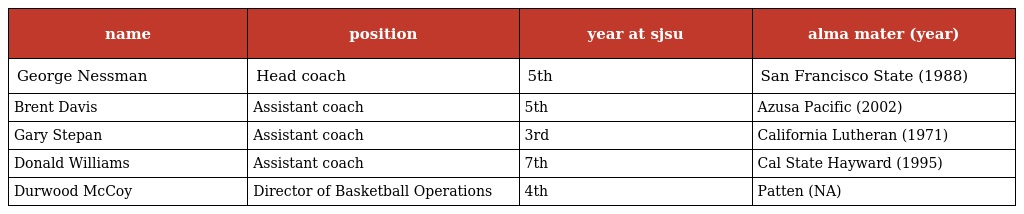
| name | position | year at sjsu | alma mater (year) |
 | --- | --- | --- | --- |
 | George Nessman | Head coach | 5th | San Francisco State (1988) |
 | Brent Davis | Assistant coach | 5th | Azusa Pacific (2002) |
 | Gary Stepan | Assistant coach | 3rd | California Lutheran (1971) |
 | Donald Williams | Assistant coach | 7th | Cal State Hayward (1995) |
 | Durwood McCoy | Director of Basketball Operations | 4th | Patten (NA) |